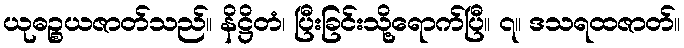
ယုဓဉ္စယဇာတ်သည်။ နိဋ္ဌိတံ၊ ပြီးခြင်းသို့ရောက်ပြီ။ ၇။ ဒသရထဇာတ်။